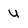
Character: u